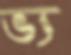
ভ্য